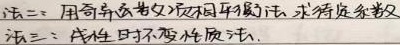
法二：用奇偶函数及周期函数，求待定系数
法三：线性时不变性质法.